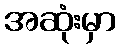
အဆုံးမှာ